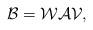
LaTeX: \begin{align*}\mathcal{B}=\mathcal{W}\mathcal{A}\mathcal{V},\end{align*}